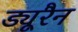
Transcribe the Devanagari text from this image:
ड्यूरैन